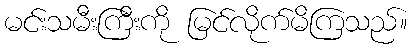
မင်းသမီးကြီးကို မြင်လိုက်မိကြသည်။